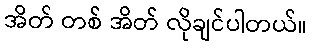
အိတ် တစ် အိတ် လိုချင်ပါတယ်။